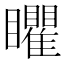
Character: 䂂